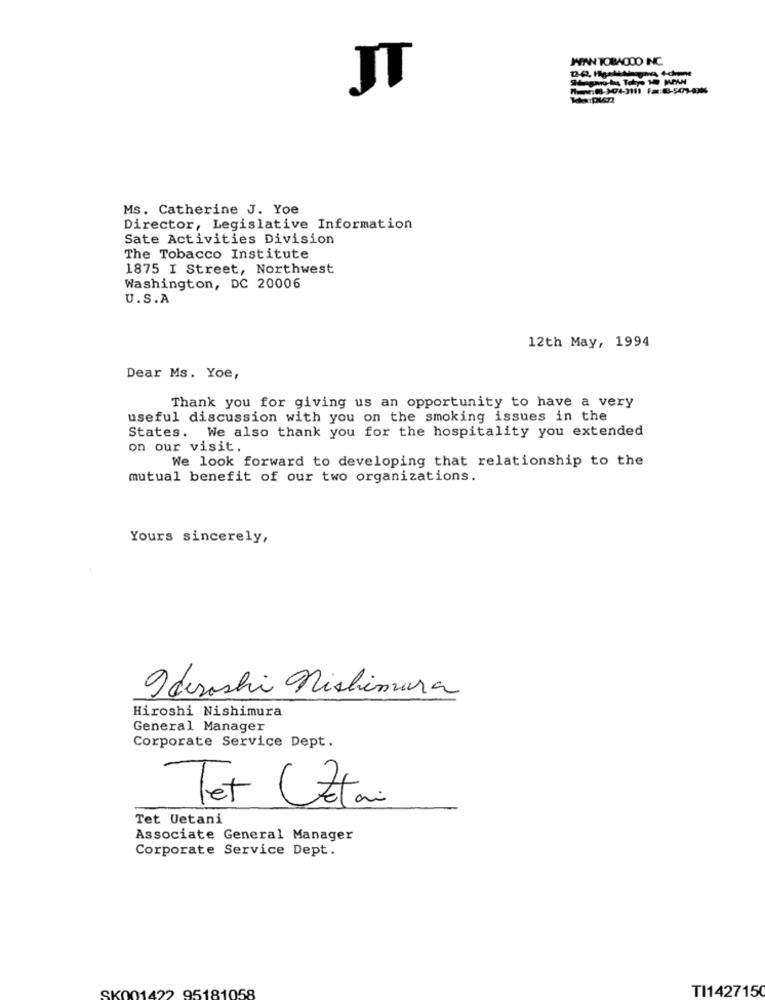
JAN TOBAOOO INC.
Ms. Catherine J. Yoe
Director, Legislative Information
Sate Activities Division
The Tobacco Institute
1875 I Street, Northwest
Washington, DC 20006
U.S.A
12th May, 1994
Dear Ms. Yoe,
Thank you for giving us an opportunity to have a very
useful discussion with you on the smoking issues in the
States. We also thank you for the hospitality you extended
on our visit.
We look forward to developing that relationship to the
mutual benefit of our two organizations.
Yours sincerely,
Idesoshi nishimura
Hiroshi Nishimura
General Manager
Corporate Service Dept.
Tet (Ztani
Tet Uetani
Associate General Manager
Corporate Service Dept.
TI1427150
SK001422 95181058